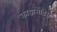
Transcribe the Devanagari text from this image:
काग्नासेंडिस